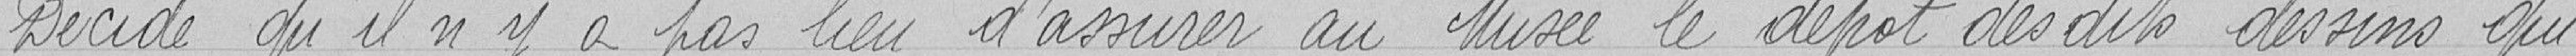
Décide qu'il n'y a pas lieu d'assurer au Musée le dépôt desdits dessins qui